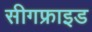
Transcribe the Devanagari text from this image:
सीगफ्राइड